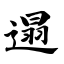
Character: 遢